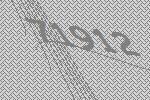
71912